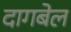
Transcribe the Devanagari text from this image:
दागबेल